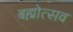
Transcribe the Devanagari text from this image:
बह्मोत्‍सव